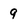
Character: 9